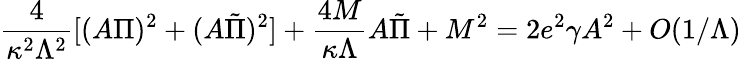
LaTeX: \frac{4}{\kappa^{2}\Lambda^{2}}[(A\Pi)^{2}+(A\tilde{\Pi})^{2}]+\frac{4M}{\kappa\Lambda}A\tilde{\Pi}+M^{2}=2e^{2}\gamma A^{2}+O(1/\Lambda)